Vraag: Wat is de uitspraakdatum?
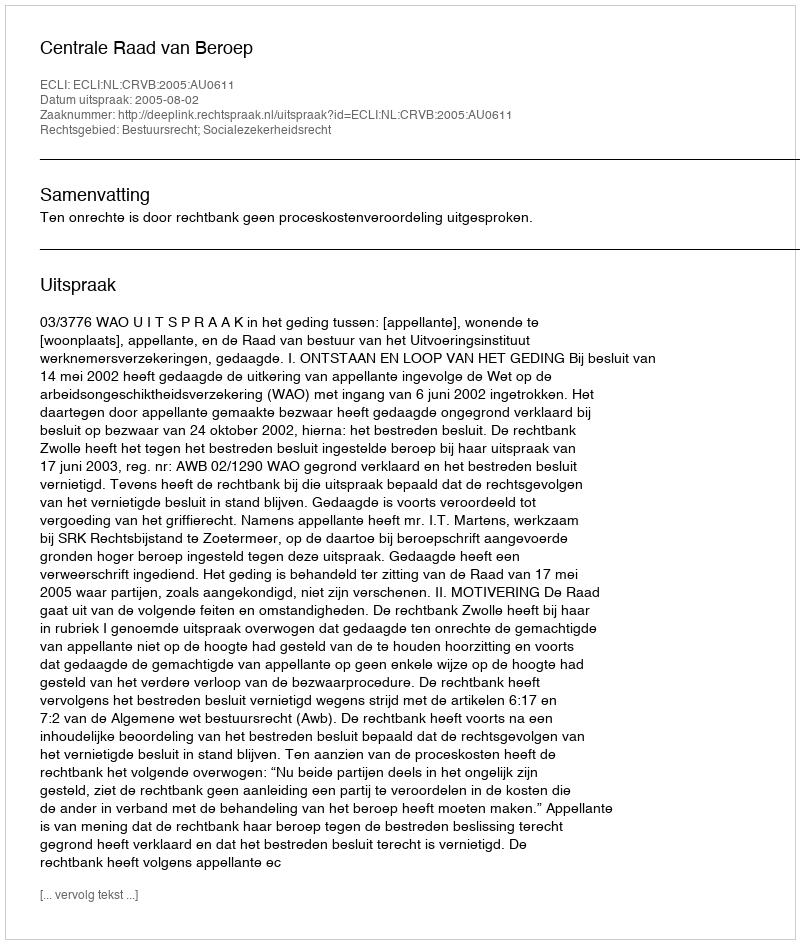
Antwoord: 2005-08-02